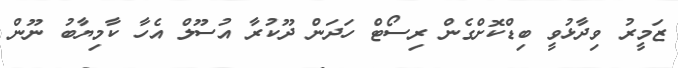
ޒަމީރު ވިދާޅުވީ ބިޑްކޮށްގެން ރިސޯޓް ހަދަން ދޫކުރާ އުސޫލް އެހާ ކާމިޔާބު ނޫން